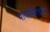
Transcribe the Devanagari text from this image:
वायोमिंगच्या